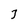
Character: 3